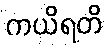
ကယိရတိ